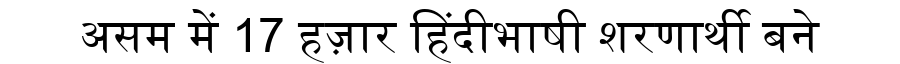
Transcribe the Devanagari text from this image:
असम में 17 हज़ार हिंदीभाषी शरणार्थी बने